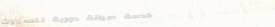
خدمة صيانة دورية للسيارات